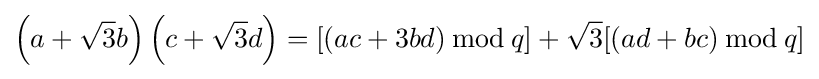
\left(a+{\sqrt {3}}b\right)\left(c+{\sqrt {3}}d\right)=[(ac+3bd)\,{\bmod {\,}}q]+{\sqrt {3}}[(ad+bc)\,{\bmod {\,}}q]